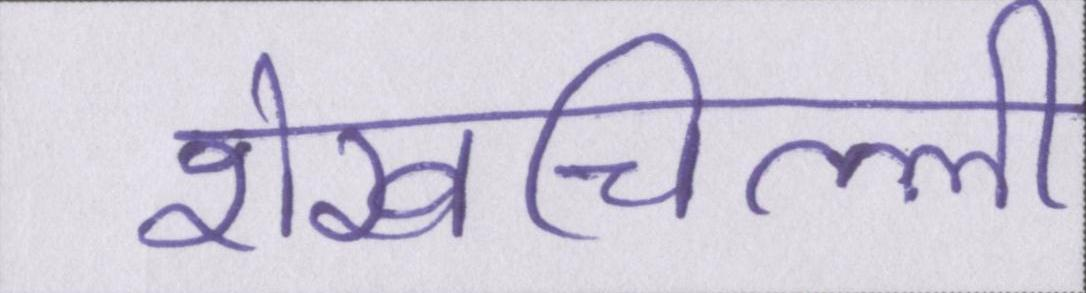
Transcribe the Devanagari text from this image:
शेखचिल्ली